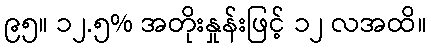
၉၅။ ၁၂.၅% အတိုးနှုန်းဖြင့် ၁၂ လအထိ။